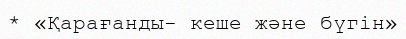
* «Қарағанды- кеше және бүгін»